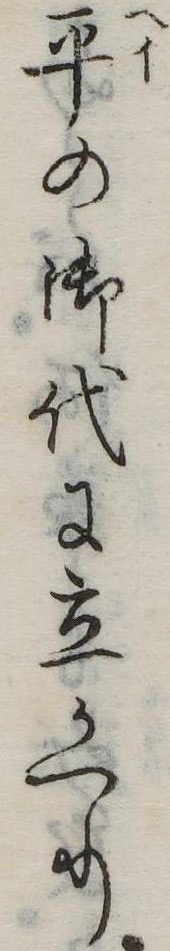
平の御代に立かへり